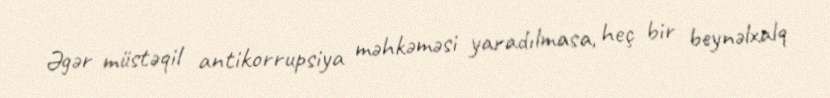
Əgər müstəqil antikorrupsiya məhkəməsi yaradılmasa, heç bir beynəlxalq